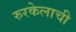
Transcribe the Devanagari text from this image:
रुरकेलाची